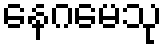
နေဂမေသု